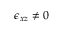
\epsilon _ { x z } \neq 0